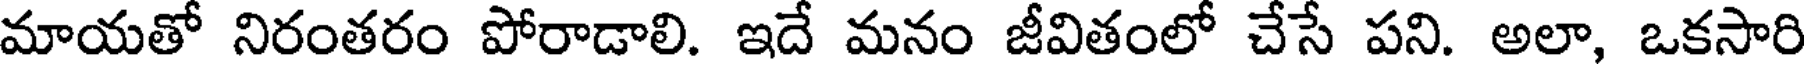
మాయతో నిరంతరం పోరాడాలి. ఇదే మనం జీవితంలో చేసే పని. అలా, ఒకసారి